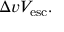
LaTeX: \Delta v V _ { \mathrm { e s c } } .